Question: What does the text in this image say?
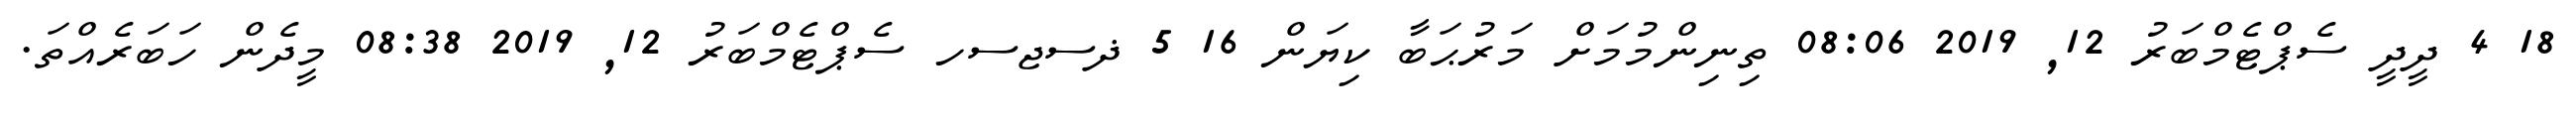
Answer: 18 4 ދީދީ ސެޕްޓެމްބަރު 12, 2019 08:06 ތިނިންމުމަށް މަރުޙަބާ ކިޔަން 16 5 ޛސޖސހ ސެޕްޓެމްބަރު 12, 2019 08:38 މީދެން ހަބަރެއްތަ.